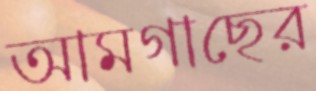
আমগাছের